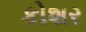
કોશર